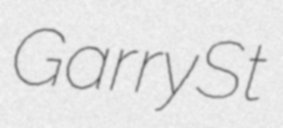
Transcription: Garry St